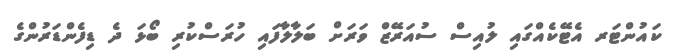
ކައުންޓަރ އެޓޭކެއްގައި ލުއިސް ސުއަރޭޒް ވަރަށް ބަލާލާފައި ހުރަސްކުރި ބޯޅަ ދެ ޑިފެންޑަރުންގެ